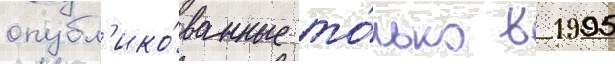
опубл'ико́ванные то́лько в 1995